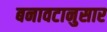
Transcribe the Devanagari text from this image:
बनावटानुसार